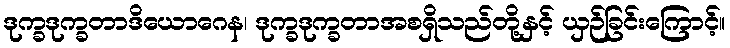
ဒုက္ခဒုက္ခတာဒိယောဂေန၊ ဒုက္ခဒုက္ခတာအစရှိသည်တို့နှင့် ယှဉ်ခြင်းကြောင့်။